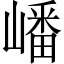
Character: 嶓